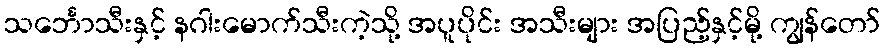
သင်္ဘောသီးနှင့် နဂါးမောက်သီးကဲ့သို့ အပူပိုင်း အသီးများ အပြည့်နှင့်မို့ ကျွန်တော်